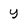
Character: y